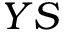
Y S